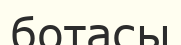
ботасы